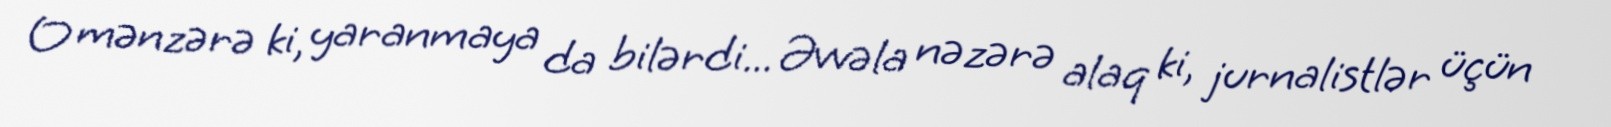
O mənzərə ki, yaranmaya da bilərdi... Əvvəla nəzərə alaq ki, jurnalistlər üçün